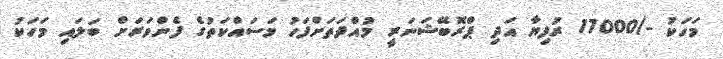
މަހަކު -/17000 ރުފިޔާ އަދި ޕްރޮބޭޝަނަރީ މުއްދަތަށްފަހު މަސައްކަތުގެ ފެންވަރަށް ބަލައި މަހަކު